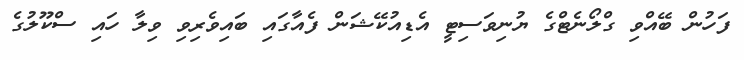
ފަހުން ބޭއްވި ގްލޯނެޓްގެ ޔުނިވަސިޓީ އެޑިއުކޭޝަން ފެއާގައި ބައިވެރިވި ވިލާ ހައި ސްކޫލުގެ